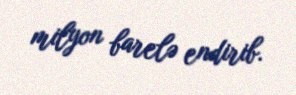
milyon barelə endirib.